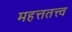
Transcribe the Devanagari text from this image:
महत्ततत्त्व